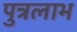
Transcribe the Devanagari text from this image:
पुत्रलाभ